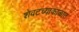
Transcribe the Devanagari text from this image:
शेवटच्याकाळात